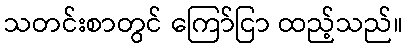
သတင်းစာတွင် ကြော်ငြာ ထည့်သည်။